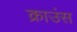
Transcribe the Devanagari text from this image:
क्राउंस